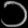
Digit: ၁